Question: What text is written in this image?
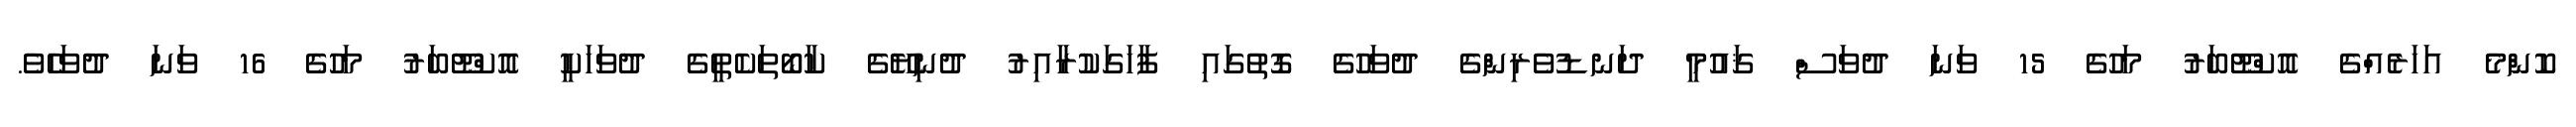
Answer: ކޮންމެ އަހަރެއްގެ އޮކްޓޫބަރު މަހުގެ 15 ވަނަ ދުވަސް ޤައުމީ ދަނޑުވެރިންގެ ދުވަހުގެ ގޮތުގައި ފާހަގަކުރާއިރު ދުނިޔޭގެ ކާބޯތަކެތީގެ ދުވަހަކީ އޮކްޓޫބަރު މަހުގެ 16 ވަނަ ދުވަހެވެ.